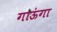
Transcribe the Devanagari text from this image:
गाऊंगा